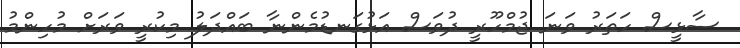
ސާޅީސް ހަތަރު ވަނަ ޖުމްހޫރީ ދުވަސް އަޅުގަނޑުމެންނާ ބައްދަލު މިކުރީ ވަރަށް މުހިންމު